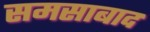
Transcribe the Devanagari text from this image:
समसाबाद